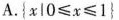
A.$${ x | 0 ≤ x ≤ 1 }$$